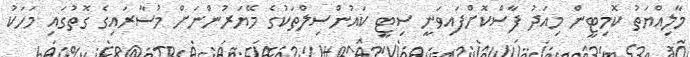
މާލިއްޔަތު ކޮމިޓީން މިއަދު ފާސްކޮށްފައިވަނީ ސިޓީ ކައުންސިލްތަކުގެ މޭޔަރުންނަށް މުސާރައިގެ ގޮތުގައި މަހަކު